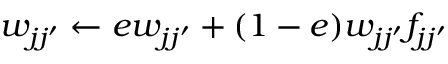
w _ { j j ^ { \prime } } \gets e w _ { j j ^ { \prime } } + ( 1 - e ) w _ { j j ^ { \prime } } f _ { j j ^ { \prime } }